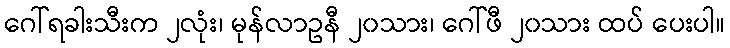
ဂေါ်ရခါးသီးက ၂လုံး၊ မုန်လာဥနီ ၂၀သား၊ ဂေါ်ဖီ ၂၀သား ထပ် ပေးပါ။